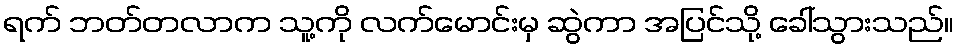
ရက် ဘတ်တလာက သူ့ကို လက်မောင်းမှ ဆွဲကာ အပြင်သို့ ခေါ်သွားသည်။